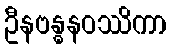
ဦနဗန္ဓနဝဿိကာ